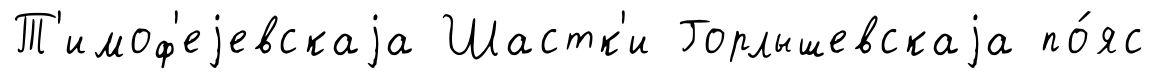
Т'имоф'еjевскаjа Шастк'и Горлышевскаjа по́яс